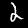
Digit: 2